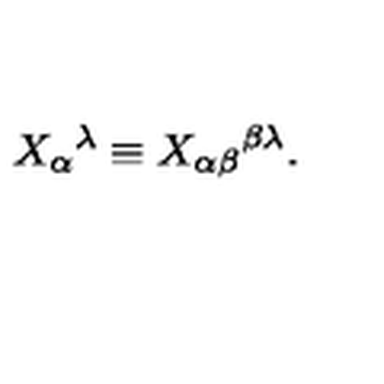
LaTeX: X _ { \alpha } { } ^ { \lambda } \equiv X _ { \alpha \beta } { } ^ { \beta \lambda } .